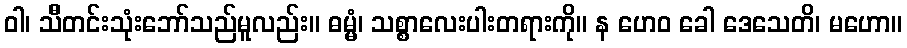
ဝါ၊ သိီတင်းသုံးဘော်သည်မူလည်း။ ဓမ္မံ၊ သစ္စာလေးပါးတရားကို။ န ဟေဝ ခေါ ဒေသေတိ၊ မဟော။